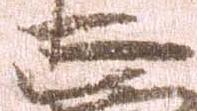
正